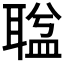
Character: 𦖬